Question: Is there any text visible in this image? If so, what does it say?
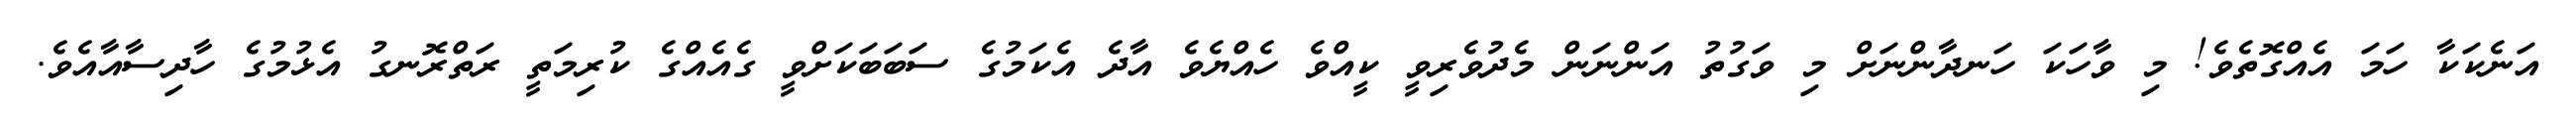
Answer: އަނެކަކާ ހަމަ އެއްގޮތެވެ! މި ވާހަކަ ހަނދާންނަށް މި ވަގުތު އަންނަން މެދުވެރިވީ ކީއްވެ ހެއްޔެވެ އާދެ އެކަމުގެ ސަބަބަކަށްވީ ގެއެއްގެ ކުރިމަތީ ރަތްރޮނގު އެޅުމުގެ ހާދިސާއާއެވެ.